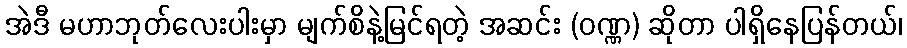
အဲဒီ မဟာဘုတ်လေးပါးမှာ မျက်စိနဲ့မြင်ရတဲ့ အဆင်း (ဝဏ္ဏ) ဆိုတာ ပါရှိနေပြန်တယ်၊